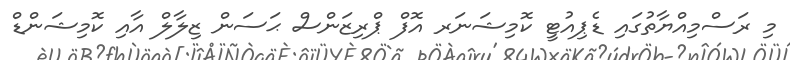
މި ރަސްމިއްޔާތުގައި ޑެޕިއުޓީ ކޮމިޝަނަރ އޮފް ޕްރިޒަންސް ޙަސަން ޒިލާލް އާއި ކޮމިޝަންޑް